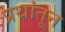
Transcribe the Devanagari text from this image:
प्रथांतून